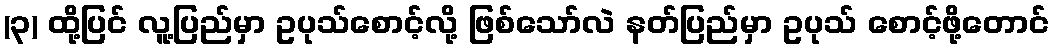
(၃) ထို့ပြင် လူ့ပြည်မှာ ဥပုသ်စောင့်လို့ ဖြစ်သော်လဲ နတ်ပြည်မှာ ဥပုသ် စောင့်ဖို့တောင်